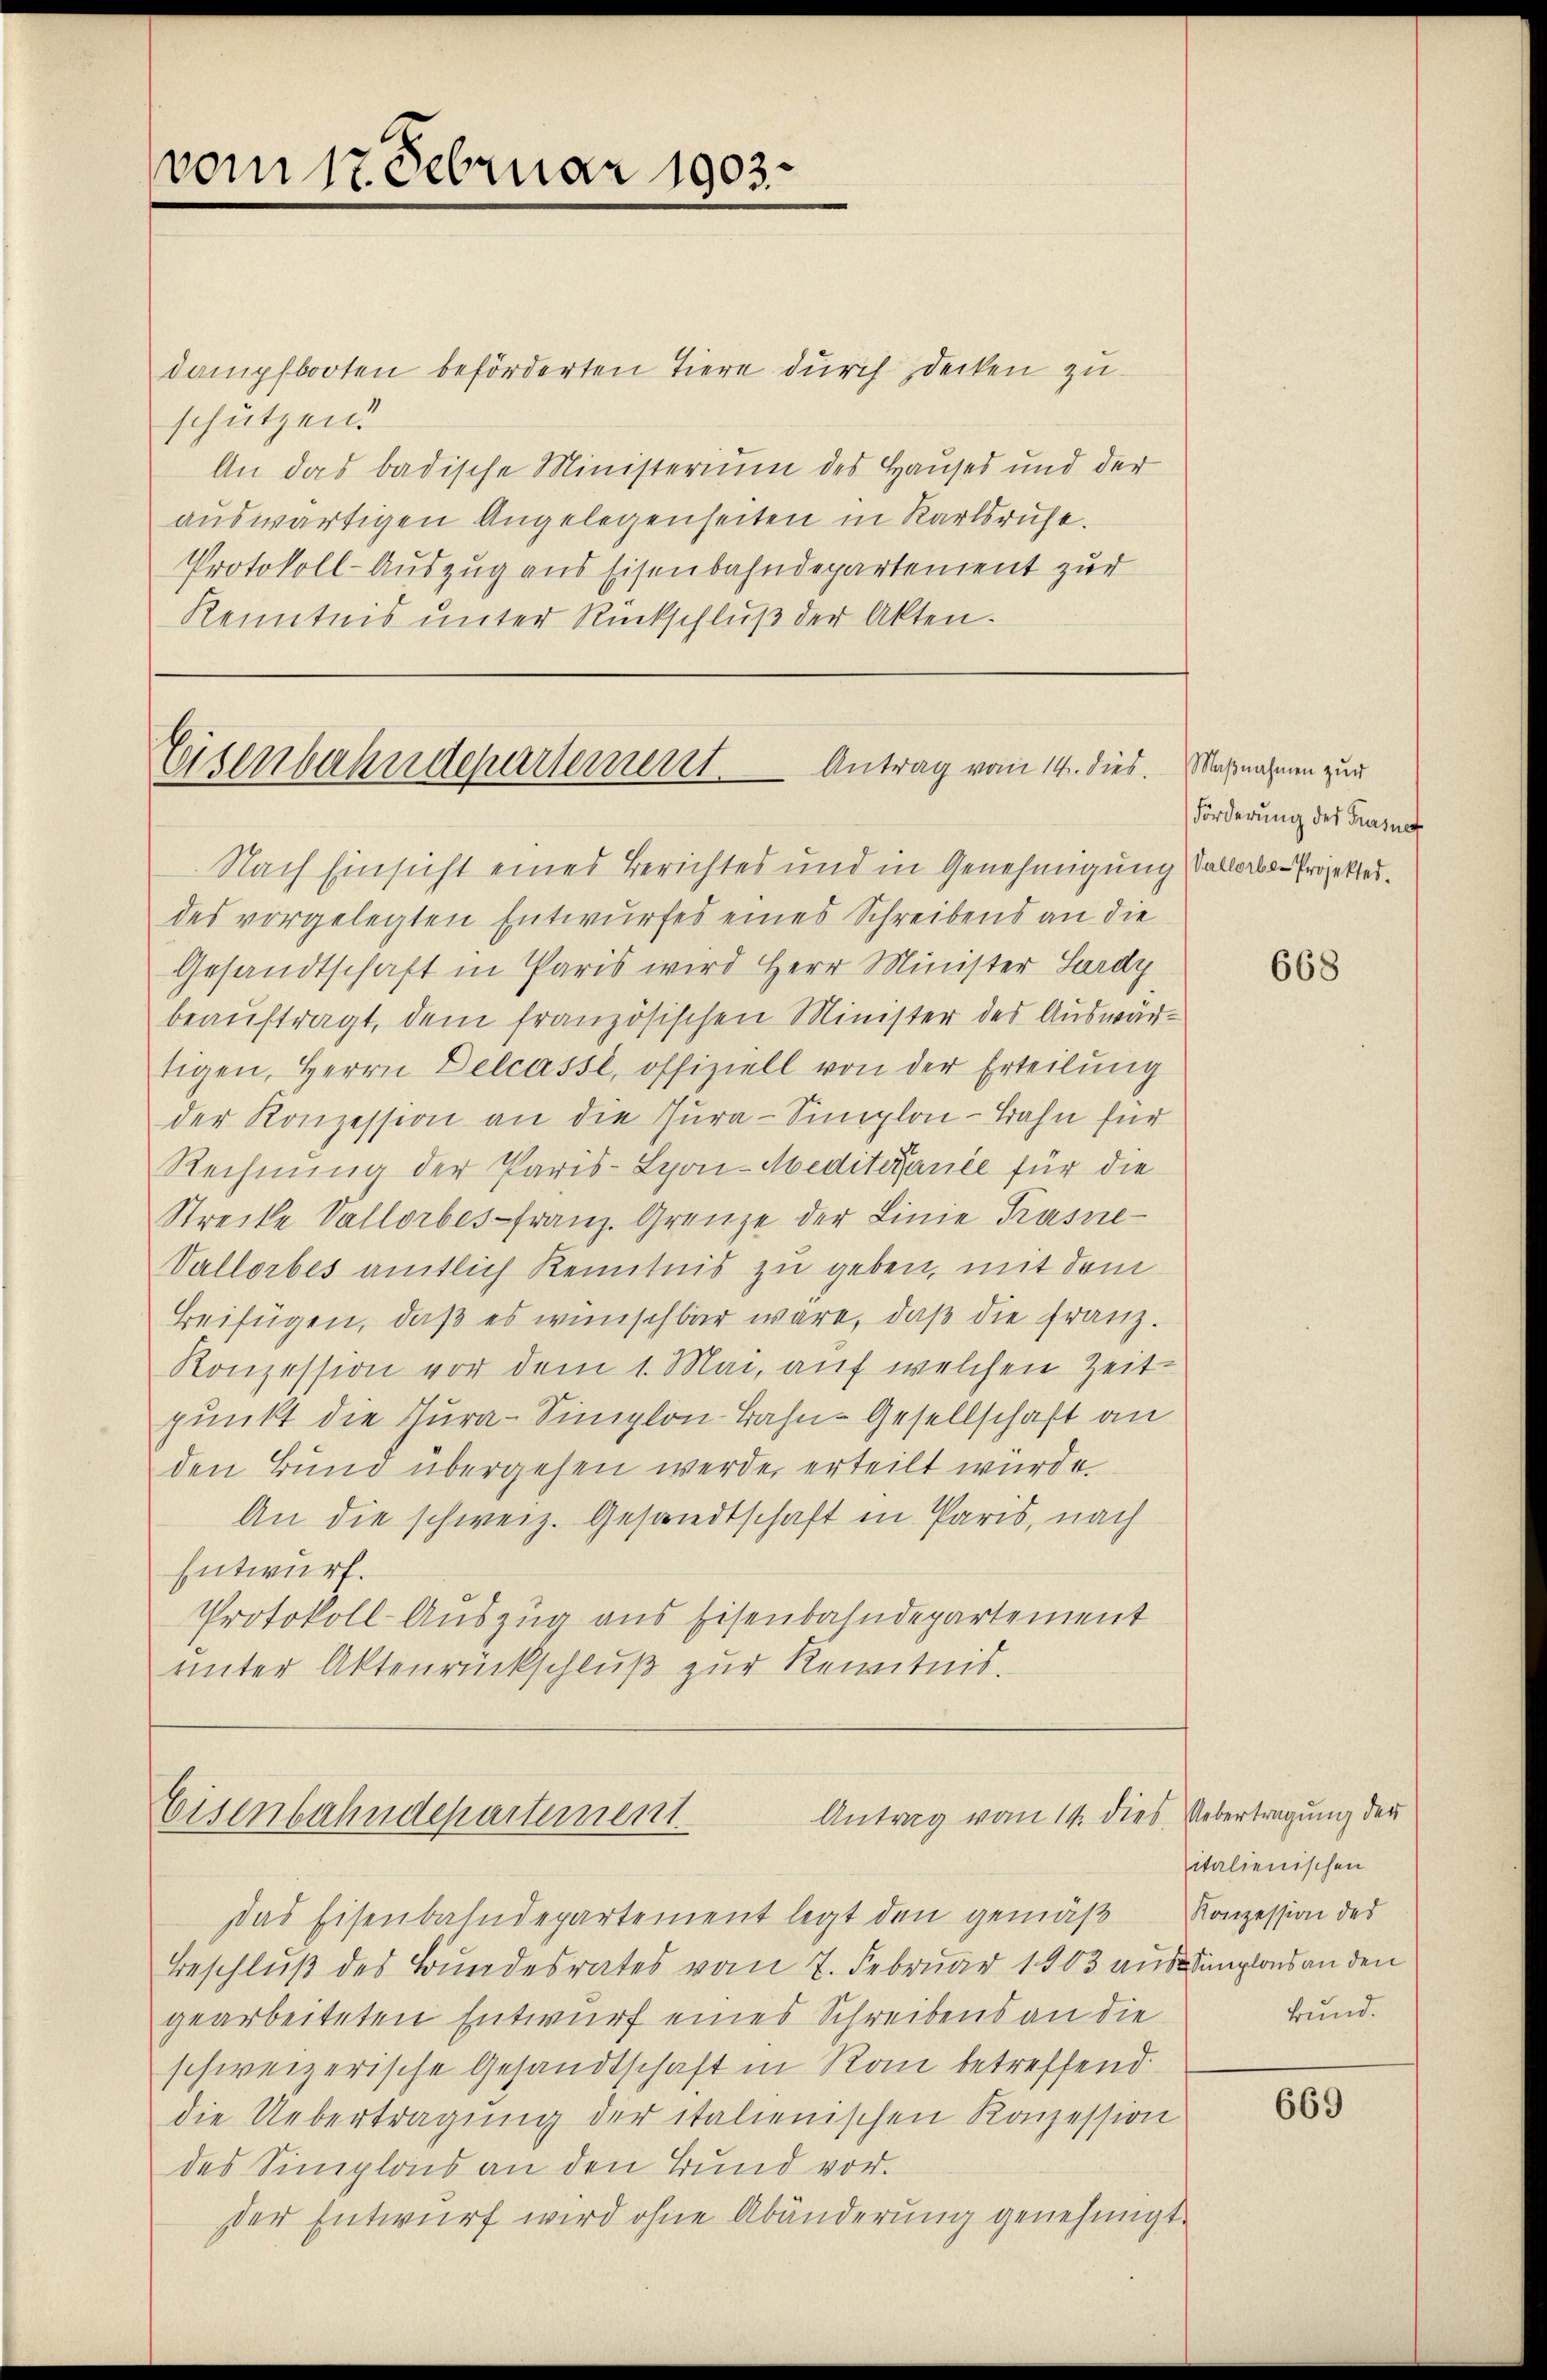
vom 17. Februar 1903.

dampfbooten beförderten Tiere durch decken zu
schützen.
An das badische Ministerium des Hauses und der
auswärtigen Angelegenseiten in Karlsruhe.
Protokoll-Auszug aus Eisenbahndepartement zur
Kenntnis unter Rückschluß der Akten.

Eisenbahndepartement. Antrag vom 14. dies

Antrag vom 14. dies Uebertragung der
Eisenbahndepartement

Nach Einsicht eines Berichtes und in Genehmigung Vallorbe- Projekter.
des vorgelegten Entwurfes eines Schreibens an die
Gesandtschaft in Paris wird Herr Minister Lardy
beauftragt, dem französischen Minister des Auswärtigen, Herrn Delcasse, offiziell von der Erteilung
der Konzession an die Jura-Simplon-Bahn für
Rechnung der Paris-Lyon-Meditezance für die
Strecke Vallorbes-Franz. Grenze der Linie Prasne¬
Vallorbes amtlich Kenntnis zu geben, mit dem
Beifügen, daß es wünschbar wäre, daß die Franz.
Konzession vor dem 1. Mai, auf welchen Zeitpunkt die Jura-Simplon Bahn-Gesellschaft an
den Bund übergehen werde, erteilt würde.
An die schweiz. Gesandtschaft in Paris, nach
Entwurf.
Protokoll-Auszug aus Eisenbahndepartement
unter Aktenrückschluß zur Kenntnis.

das Eisenbahndepartement legt den gemäß Konzession des
Beschluß des Bundesrates vom 7. Februar 1903 aus emplons an den
gearbeiteten Entwurf eines Schreibens an die
schweizerische Gesandtschaft in Rau betreffend.
die Uebertragung der italienischen Konzession
des Simplois an den Bund vor.
der Entwurf wird ohne Abänderung genehmigt.

Maβnahmen zur
Forderung des Frasnef

668

italienischen
Bund.

669